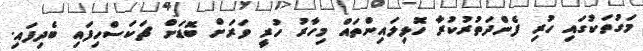
މަގުތަކުގައި ހުރި ފެންދަތުރުކުރާ ހޮޅިލައިންތައް މިހާރު ހުރީ ވަރަށް ބޮޑަށް ޗަކަސްހިފައި ބެދިފައި.